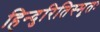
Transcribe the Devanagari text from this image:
हिन्दुरितिस्मृतः